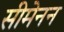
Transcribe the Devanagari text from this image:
सीमेनन